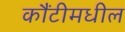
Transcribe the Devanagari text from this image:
कौंटीमधील